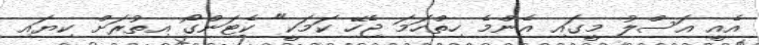
އެއީ އަސްލު މީގައި އެންމެ ހިތްހަމަ ޖެހޭ ކަމަކީ" ކެޓަންގޯ އިތުރަށް ކިޔައި